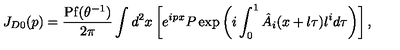
J _ { D 0 } ( p ) = \frac { \mathrm { P f } ( \theta ^ { - 1 } ) } { 2 \pi } \int d ^ { 2 } x \left[ e ^ { i p x } P \exp \left( i \int _ { 0 } ^ { 1 } \hat { A } _ { i } ( x + l \tau ) l ^ { i } d \tau \right) \right] ,